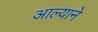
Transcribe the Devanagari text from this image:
आल्‍याने